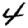
Digit: 4